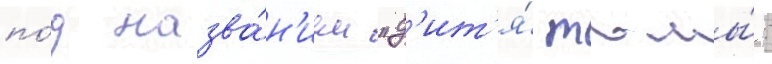
по́д назва́н'ием "д'ит'я́ тьмы́: